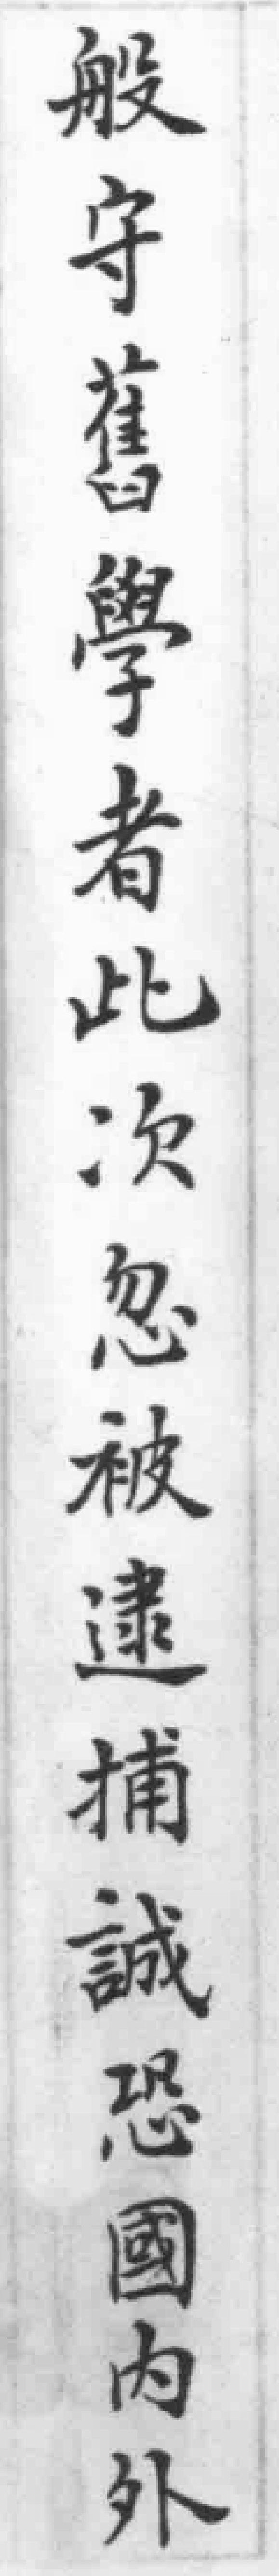
般守舊學者此次忽被逮捕誠恐國內外